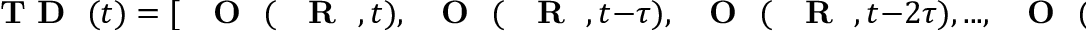
\mathrm { ~ { ~ \bf ~ T ~ D ~ } ~ } ( t ) = [ \mathrm { ~ { ~ \bf ~ O ~ } ~ } ( \mathrm { ~ { ~ \bf ~ R ~ } ~ } , t ) , \mathrm { ~ { ~ \bf ~ O ~ } ~ } ( \mathrm { ~ { ~ \bf ~ R ~ } ~ } , t - \tau ) , \mathrm { ~ { ~ \bf ~ O ~ } ~ } ( \mathrm { ~ { ~ \bf ~ R ~ } ~ } , t - 2 \tau ) , . . . , \mathrm { ~ { ~ \bf ~ O ~ } ~ } ( \mathrm { ~ { ~ \bf ~ R ~ } ~ } , t - ( D _ { E } - 1 ) \tau ) ] ,